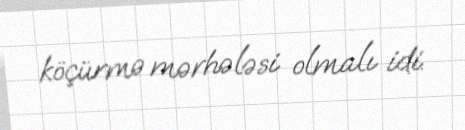
köçürmə mərhələsi olmalı idi.